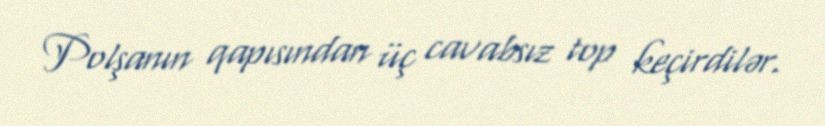
Polşanın qapısından üç cavabsız top keçirdilər.